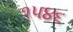
૧૫૪૬